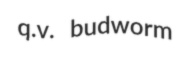
q.v. budworm